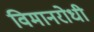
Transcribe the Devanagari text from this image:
विमानरोधी